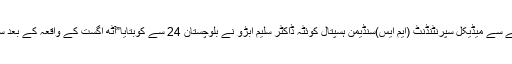
سیکیورٹی فورسز کو واپس بلانے اور سیکیورٹی خدشات کے حوالے سے میڈیکل سپرنٹنڈنٹ (ایم ایس)سنڈیمن ہسپتال کوئٹہ ڈاکٹر سلیم ابڑو نے بلوچستان 24 سے کوبتایا”آٹھ اگست کے واقعہ کے بعد سول ہسپتال کوئٹہ میں 70 سیکیورٹی اہلکار تعینات کئے گئے تھے۔